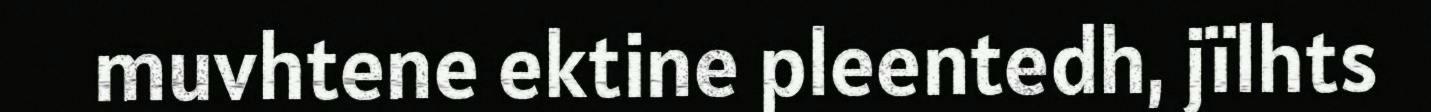
muvhtene ektine pleentedh, jïlhts